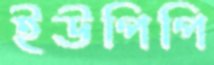
ইউপিপি